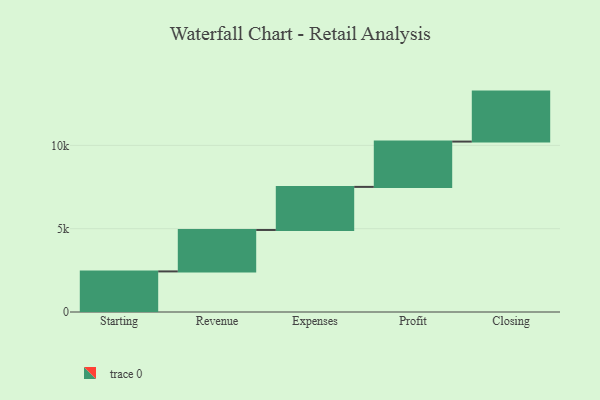
{"axis": {"x": "Step", "y": "Value"}, "legend": [""], "data": [{"x": "Starting", "y": 2436.0, "type": ""}, {"x": "Revenue", "y": 2487.0, "type": ""}, {"x": "Expenses", "y": 2586.0, "type": ""}, {"x": "Profit", "y": 2719.0, "type": ""}, {"x": "Closing", "y": 3000, "type": ""}]}